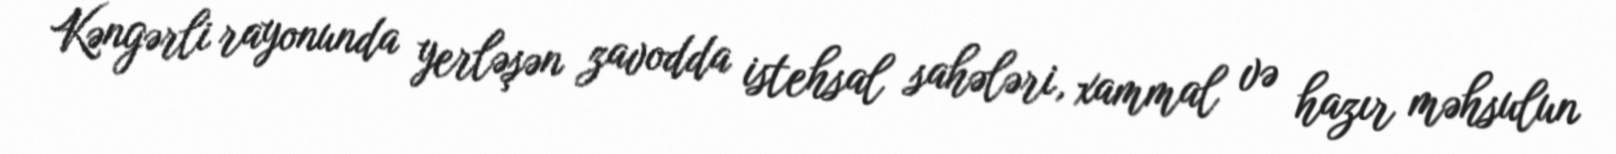
Kəngərli rayonunda yerləşən zavodda istehsal sahələri, xammal və hazır məhsulun